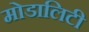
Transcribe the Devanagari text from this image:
मोडालिटी